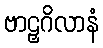
ဗာဠှဂိလာနံ